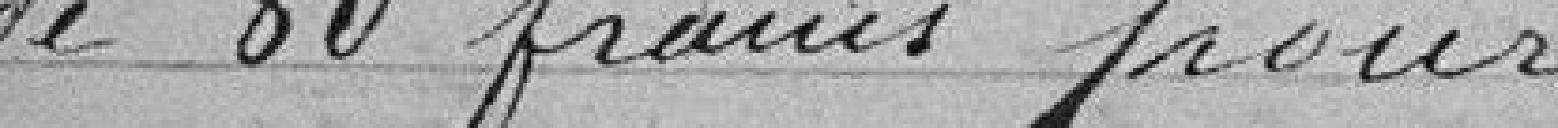
de 80 francs pour